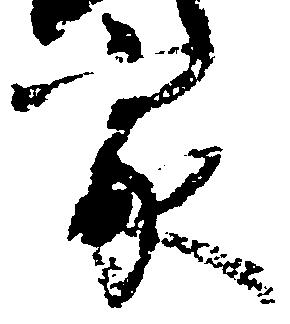
家